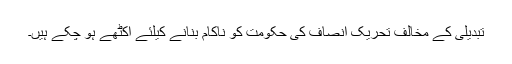
تبدیلی کے مخالف تحریک انصاف کی حکومت کو ناکام بنانے کیلئے اکٹھے ہو چکے ہیں۔